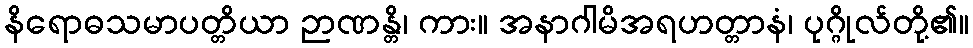
နိရောဓသမာပတ္တိယာ ဉာဏန္တိ၊ ကား။ အနာဂါမိအရဟတ္တာနံ၊ ပုဂ္ဂိုလ်တို့၏။